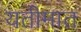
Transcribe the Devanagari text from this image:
यतीमात